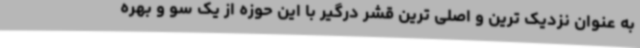
به عنوان نزدیک ترین و اصلی ترین قشر درگیر با این حوزه از یک سو و بهره